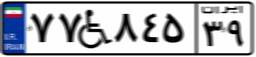
۵۱W۰۲۷۷۲